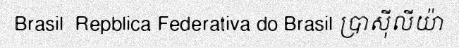
Brasil  Repblica Federativa do Brasil ប្រាស៊ីលីយ៉ា